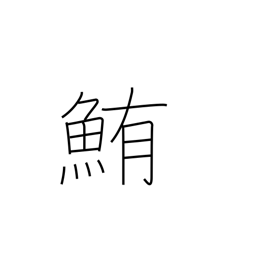
Meaning: tuna